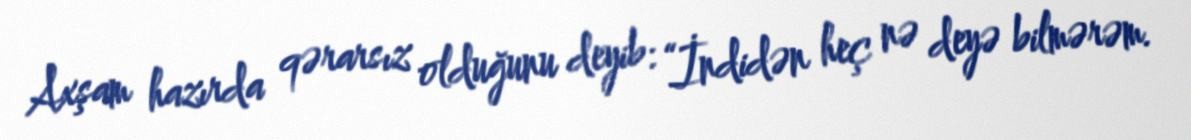
Axşam hazırda qərarsız olduğunu deyib: “İndidən heç nə deyə bilmərəm.